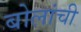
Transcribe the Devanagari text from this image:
बोलांची